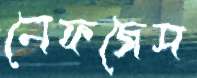
নেফজেস